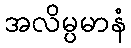
အလိမ္ပမာနံ